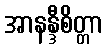
အာနန္ဒီစိတ္တာ